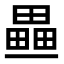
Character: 𤳏